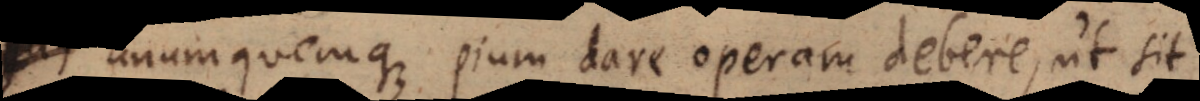
unumquemque pium dare operam debere, ut sit